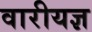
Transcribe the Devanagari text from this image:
वारीयज्ञ